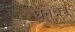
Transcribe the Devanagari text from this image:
घनक्षेत्र